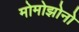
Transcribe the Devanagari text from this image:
मोमोझोनो